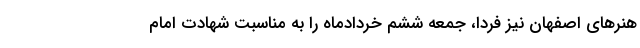
هنرهای اصفهان نیز فردا، جمعه ششم خردادماه را به مناسبت شهادت امام